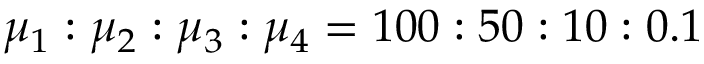
\mu _ { 1 } : \mu _ { 2 } : \mu _ { 3 } : \mu _ { 4 } = 1 0 0 : 5 0 : 1 0 : 0 . 1